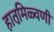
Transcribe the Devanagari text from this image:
हातमि़ळ्वणी